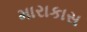
મારાકાસ